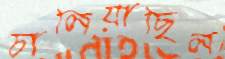
চালিয়াছিল